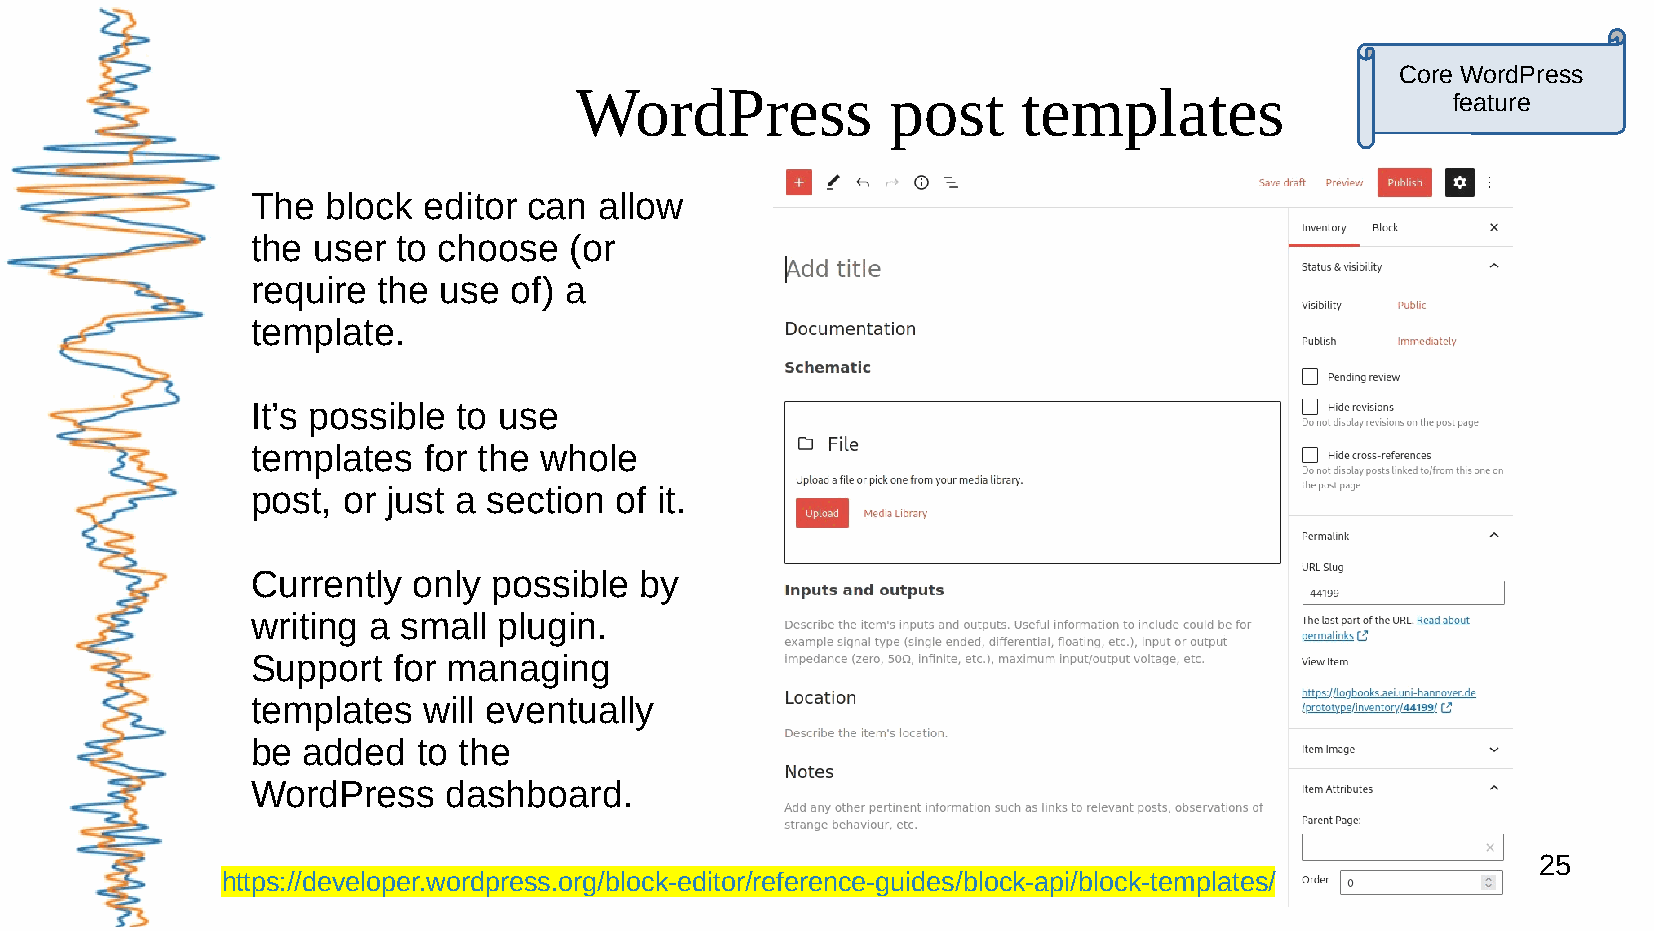
Core WordPress
 WordPress            post     templates
 feature
 The  block editor can  allow
 the user to choose   (or
 require the use  of) a
 template.
 It’s possible to use
 templates  for the whole
 post, or just a section of it.
 Currently only  possible by
 writing a small plugin.
 Support  for managing
 templates  will eventually
 be added   to the
 WordPress    dashboard.
 25
 https://developer.wordpress.org/block-editor/reference-guides/block-api/block-templates/